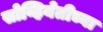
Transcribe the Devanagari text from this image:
सोव्हियेतीच्या